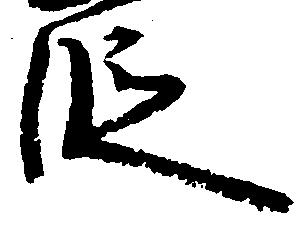
段